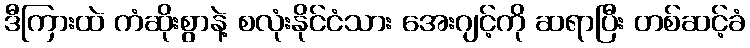
ဒီကြားထဲ ကံဆိုးစွာနဲ့ စလုံးနိုင်ငံသား အေးဂျင့်ကို ဆရာပြီး တစ်ဆင့်ခံ